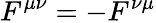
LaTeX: F^{\mu\nu}=-F^{\nu\mu}